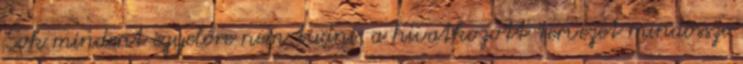
Sok mindent egyelőre nem tudni, a hivatkozott tervezet mindössze